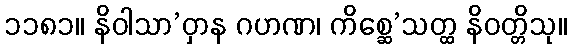
၁၁၈၁။ နိဝါသာ’ဝှာန ဂဟဏ၊ ကိစ္ဆေ’သတ္ထ နိဝတ္တိသု။